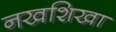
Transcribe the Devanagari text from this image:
नखशिखा